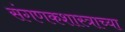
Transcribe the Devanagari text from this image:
संगणकशास्त्राच्या